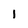
Character: I